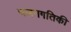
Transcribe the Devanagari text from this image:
चलनगतिकी